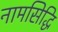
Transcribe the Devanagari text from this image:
नामसिद्धि